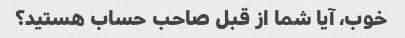
خوب، آیا شما از قبل صاحب حساب هستید؟